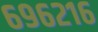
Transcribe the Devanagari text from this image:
६९६२१६